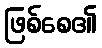
ဖြစ်စေ၏